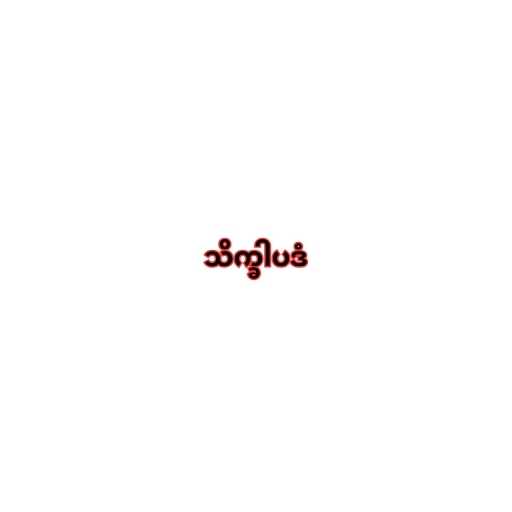
သိက္ခါပဒံ